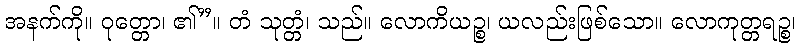
အနက်ကို။ ဝုတ္တော၊ ၏”။ တံ သုတ္တံ၊ သည်။ လောကိယဉ္စ၊ ယလည်းဖြစ်သော။ လောကုတ္တရဉ္စ၊